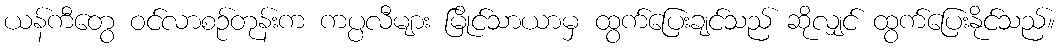
ယန်ကီတွေ ဝင်လာစဉ်တုန်းက ကပ္ပလီများ မြိုင်သာယာမှ ထွက်ပြေးချင်သည် ဆိုလျှင် ထွက်ပြေးနိုင်သည်။